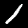
Digit: 1